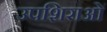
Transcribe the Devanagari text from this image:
उपशिराओं